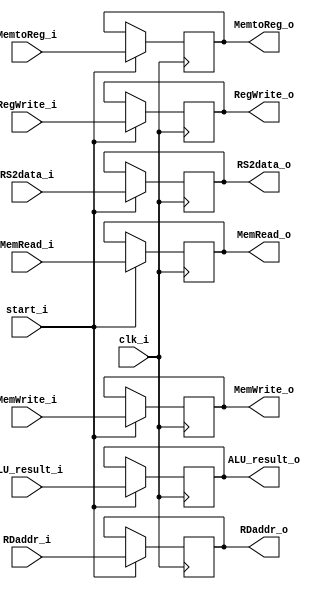
module EX_MEM
(
    clk_i,
    start_i,
    RegWrite_i,
    MemtoReg_i,
    MemRead_i,
    MemWrite_i,
    ALU_result_i,
    RS2data_i,
    RDaddr_i, 
    RegWrite_o,
    MemtoReg_o,
    MemRead_o,
    MemWrite_o,
    ALU_result_o,
    RS2data_o,
    RDaddr_o, 
);

input   clk_i;
input   start_i;
input   RegWrite_i;
input   MemtoReg_i;
input   MemRead_i;
input   MemWrite_i;
input   [31:0]  ALU_result_i;
input   [31:0]  RS2data_i;
input   [4:0]   RDaddr_i;

output   RegWrite_o;
output   MemtoReg_o;
output   MemRead_o;
output   MemWrite_o;
output  [31:0]  ALU_result_o;
output  [31:0]  RS2data_o;
output  [4:0]   RDaddr_o;

reg             RegWrite_o;
reg             MemtoReg_o;
reg             MemRead_o;
reg             MemWrite_o;
reg     [31:0]  ALU_result_o;
reg     [31:0]  RS2data_o;
reg     [4:0]   RDaddr_o;

always@(posedge clk_i) begin
    if(start_i)begin
        RegWrite_o <= RegWrite_i;
        MemtoReg_o <= MemtoReg_i;
        MemRead_o <= MemRead_i;
        MemWrite_o <= MemWrite_i;
        ALU_result_o <= ALU_result_i;
        RS2data_o <= RS2data_i;
        RDaddr_o <= RDaddr_i;
    end
end

endmodule